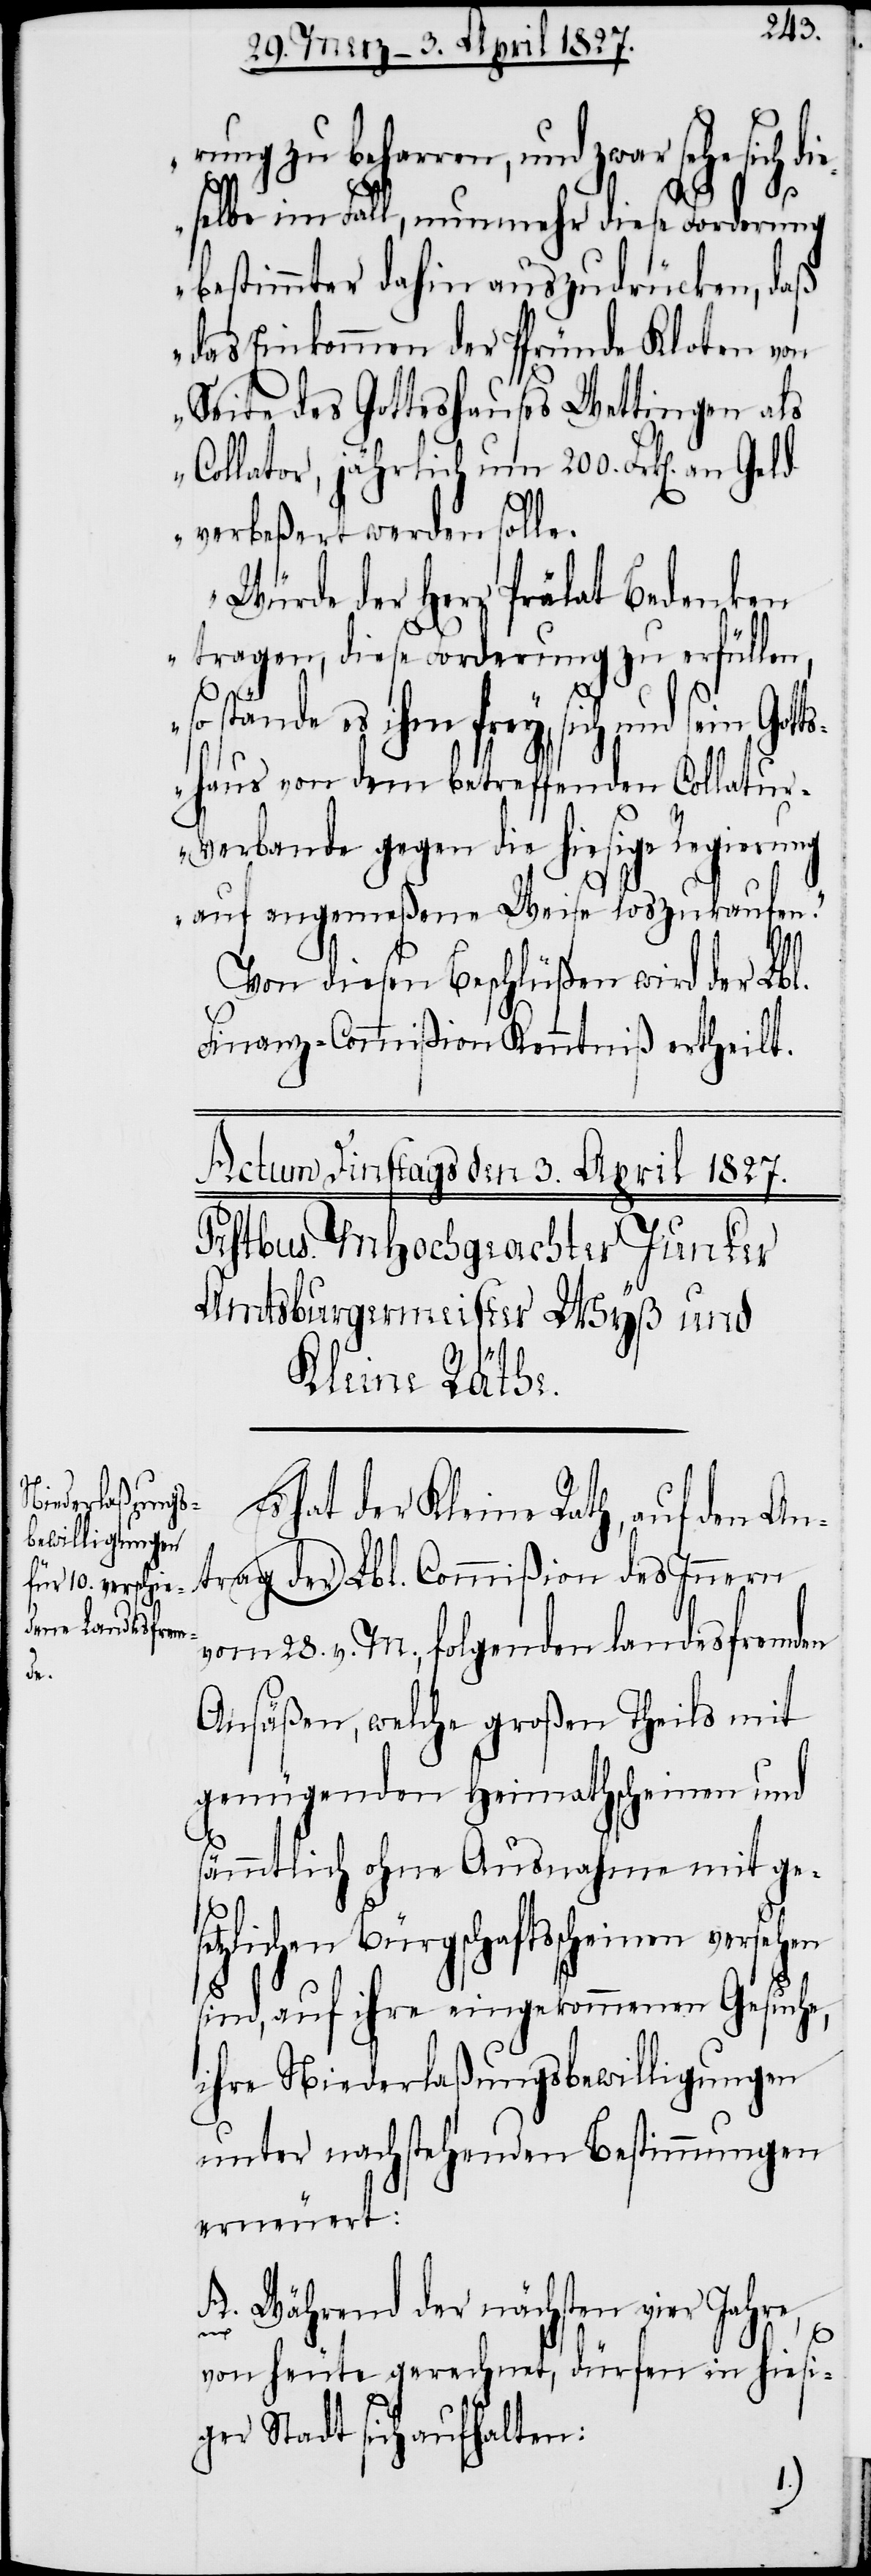
rung zu beharren, und zwar sehe sich d¬
selbe im Fall, nunmehr diese Forderung
bestimmter dahin auszudrücken, daß
das Einkommen der Pfründe Kloten von
Seite des Gotteshauses Wettingen als
Collator, jährlich um 200. Frk[en]. an
verbeßert werden solle.
Würde der Herr Prälat Bedenken
tragen, diese Forderung zu erfüllen,
so stände es ihm frey, sich und sein Gott¬
shaus von dem betreffenden Collatu¬
r-Verbande gegen die hiesige Regierung
auf angemeßene Weise loszukaufen.“
Von diesen Beschlüßen wird der Lbl.
Finanz-Commißion Kenntniß ertheilt.
Es hat der Kleine Rath, auf den An¬
trag der Lbl. Commißion des Innern
vom 28. v. M., folgenden landesfremden
Ansäßen, welche großen Theils mit
genügenden Heimathscheinen und
sämmtlich ohne Ausnahme mit ges¬
etzlichen Bürgschaftsscheinen versehen
sind, auf ihre eingekommenen Gesuche,
ihre Niederlaßungsbewilligungen
unter nachstehenden Bestimmungen
erneuert:
A. Während der nächsten vier Jahre
ie¬
von heute gerechnet, dürfen in hiesi¬
ger Stadt sich aufhalten: